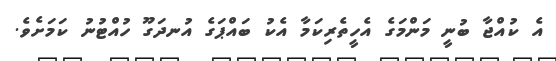
އެ ކުއްޖާ ބުނީ މަންމަގެ އެހީތެރިކަމާ އެކު ބައްޕަގެ އުނދަގޫ ހުއްޓުނު ކަމަށެވެ.